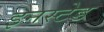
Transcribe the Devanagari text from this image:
इनस्टेड